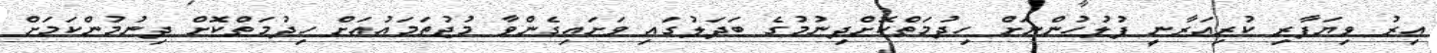
އިރު ވިޔަފާރި ކުރިއަރާނީ ފުލުހުންނަށް ހިދުމަތްކޮށްދިނުމުގެ ބަދަލުގައި ވަށައިގެންވާ މުޖުތަމައުއަށް ހިދުމަތްކޮށް ދިނުމުންކަމަށް